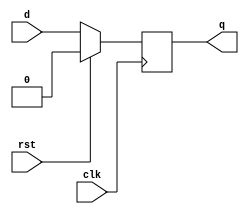
////////////////
////Thea Zhu///
///////////////

module dff (d,rst,clk,q);
    input d,rst,clk;
    output reg q;
initial begin 
    q = 0;
end  

always @(posedge clk) begin
    if (rst) begin
        q <=1'b0;
    end
    else begin
        q <=d;
    end
end
endmodule